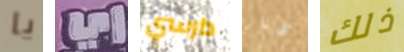
يا اي دارسي دينار ذلك